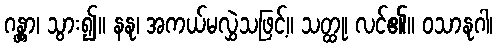
ဂန္တွာ၊ သွား၍။ နနု၊ အကယ်မလွှဲသဖြင့်။ သတ္ထု၊ လင်၏။ ဝသာနုဂါ၊